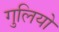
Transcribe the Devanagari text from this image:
गुलियो